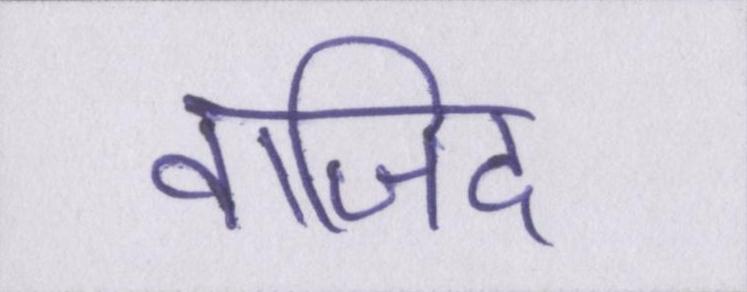
वाजिद